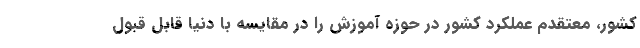
کشور، معتقدم عملکرد کشور در حوزه آموزش را در مقایسه با دنیا قابل قبول